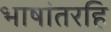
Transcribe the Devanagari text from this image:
भाषांतरहि